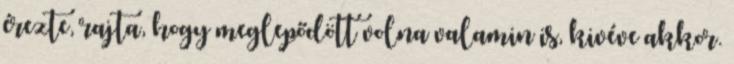
érezte, rajta, hogy meglepődött volna valamin is, kivéve akkor.